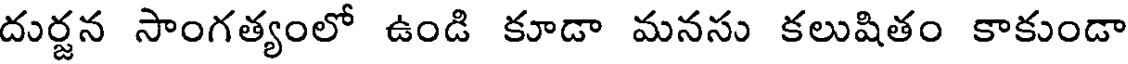
దుర్జన సాంగత్యంలో ఉండి కూడా మనసు కలుషితం కాకుండా